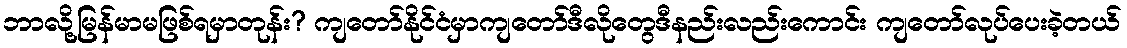
ဘာလို့မြန်မာမဖြစ်ရမှာတုန်း? ကျတော်နိုင်ငံမှာကျတော်ဒီလိုတွေဒီနည်းလည်းကောင်း ကျတော်လုပ်ပေးခဲ့တယ်